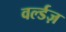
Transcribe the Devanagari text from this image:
वर्ल्डज़